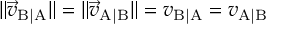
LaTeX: \| { \vec { v } } _ { \mathrm { B | A } } \| = \| { \vec { v } } _ { \mathrm { A | B } } \| = v _ { \mathrm { B | A } } = v _ { \mathrm { A | B } }